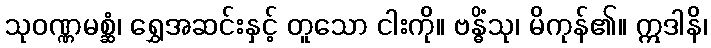
သုဝဏ္ဏမစ္ဆံ၊ ရွှေအဆင်းနှင့် တူသော ငါးကို။ ဗန္ဓိံသု၊ မိကုန်၏။ ဣဒါနိ၊